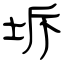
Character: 坼